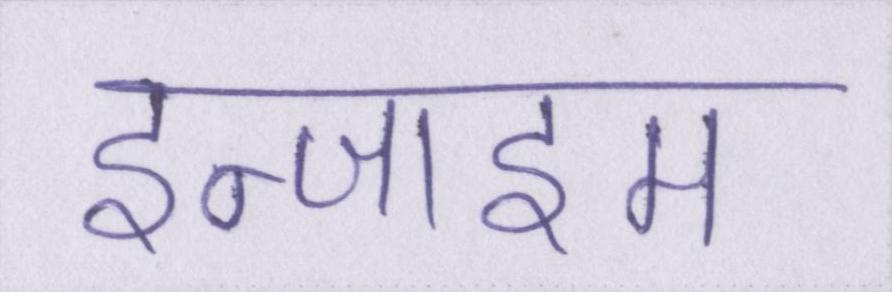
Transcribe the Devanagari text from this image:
इन्जाइम